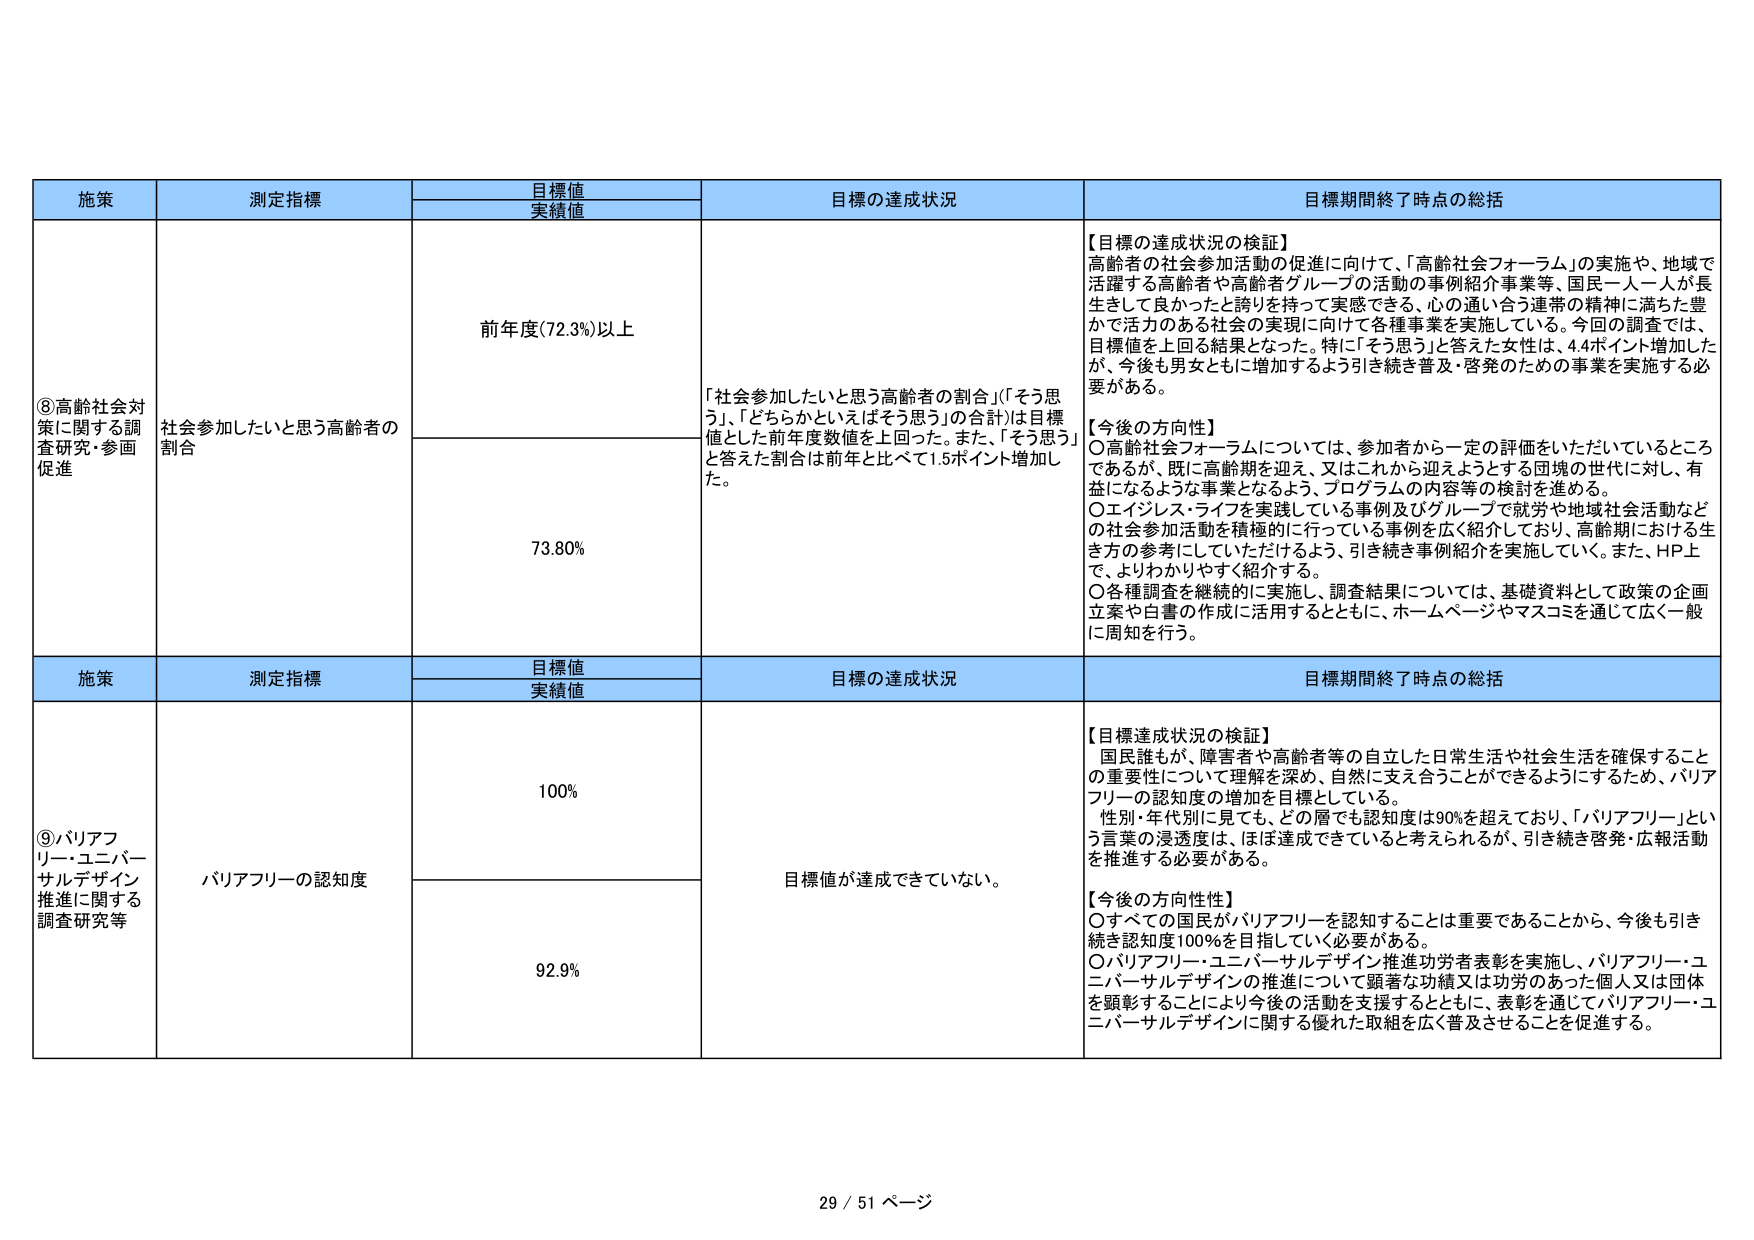
施策 測定指標 目標値 実績値 目標の達成状況 目標期間終了時点の総括
⑧高齢社会対策に関する調査研究・参画促進 社会参加したいと思う高齢者の割合 前年度(72.3%)以上 「社会参加したいと思う高齢者の割合」(「そう思う」、「どちらかといえばそう思う」の合計)は目標値とした前年度数値を上回った。また、「そう思う」と答えた割合は前年と比べて1.5ポイント増加した。 【目標の達成状況の検証】 高齢者の社会参加活動の促進に向けて、「高齢社会フォーラム」の実施や、地域で活躍する高齢者や高齢者グループの活動の事例紹介事業等、国民一人一人が長生きして良かったと誇りを持って実感できる、心の通い合う連帯の精神に満ちた豊かで活力のある社会の実現に向けて各種事業を実施している。今回の調査では、目標値を上回る結果となった。特に「そう思う」と答えた女性は、4.4ポイント増加したが、今後も男女ともに増加するよう引き続き普及・啓発のための事業を実施する必要がある。 【今後の方向性】 ○高齢社会フォーラムについては、参加者から一定の評価をいただいているところであるが、既に高齢期を迎え、又はこれから迎えようとする団塊の世代に対し、有益になるような事業となるよう、プログラムの内容等の検討を進める。 ○エイジレス・ライフを実践している事例及びグループで就労や地域社会活動などの社会参加活動を積極的に行っている事例を広く紹介しており、高齢期における生き方の参考にしていただけるよう、引き続き事例紹介を実施していく。また、HP上で、よりわかりやすく紹介する。 ○各種調査を継続的に実施し、調査結果については、基礎資料として政策の企画立案や白書の作成に活用するとともに、ホームページやマスコミを通じて広く一般に周知を行う。 73.80%
施策 測定指標 目標値 実績値 目標の達成状況 目標期間終了時点の総括
⑨バリアフリー・ユニバーサルデザイン推進に関する調査研究等 バリアフリーの認知度 100% 目標値が達成できていない。 【目標達成状況の検証】 国民誰もが、障害者や高齢者等の自立した日常生活や社会生活を確保することの重要性について理解を深め、自然に支え合うことができるようとするため、バリアフリーの認知度の増加を目標としている。 性別・年代別に見ても、どの層でも認知度は90%を超えており、「バリアフリー」という言葉の浸透度は、ほぼ達成できていると考えられるが、引き続き啓発・広報活動を推進する必要がある。 【今後の方向性】 ○すべての国民がバリアフリーを認知することは重要であることから、今後も引き続き認知度100%を目指していく必要がある。 ○バリアフリー・ユニバーサルデザイン推進功労者表彰を実施し、バリアフリー・ユニバーサルデザインの推進について顕著な功績又は功労のあった個人又は団体を顕彰することにより今後の活動を支援するとともに、表彰を通じてバリアフリー・ユニバーサルデザインに関する優れた取組を広く普及させることを促進する。 92.9%
29 / 51 ページ